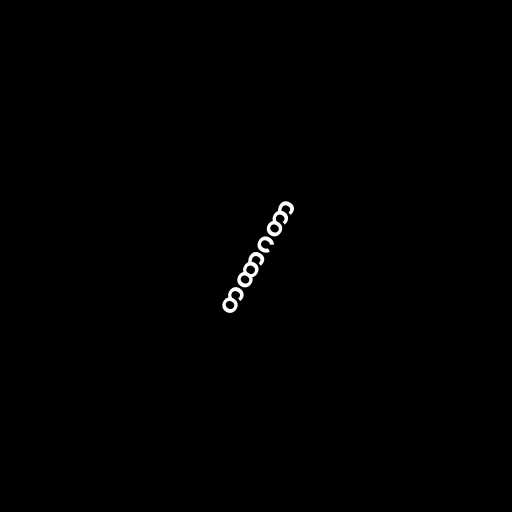
တထာဂတာ